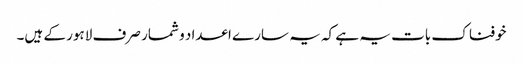
خوفناک بات یہ ہے کہ یہ سارے اعداد و شمار صرف لاہور کے ہیں۔